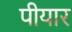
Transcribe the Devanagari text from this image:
पीयार